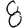
Digit: 8